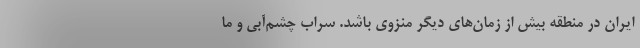
ایران در منطقه بیش از زمان‌های دیگر منزوی باشد. سراب چشم‌آبی و ما